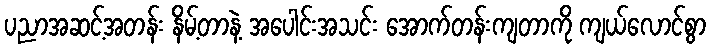
ပညာအဆင့်အတန်း နိမ့်တာနဲ့ အပေါင်းအသင်း အောက်တန်းကျတာကို ကျယ်လောင်စွာ